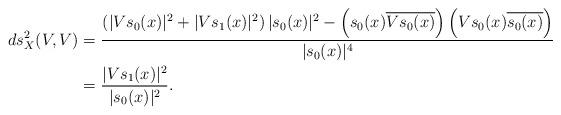
LaTeX: \begin{align*} ds^2_X(V,V) &= \frac{\left(|Vs_0(x)|^2 + |Vs_1(x)|^2 \right) |s_0(x)|^2 - \left(s_0(x) \overline{Vs_0(x)}\right)\left(Vs_0(x) \overline{s_0(x)}\right)}{|s_0(x)|^4} \\ &= \frac{|Vs_1(x)|^2}{|s_0(x)|^2}. \end{align*}